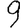
Digit: 9